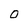
Character: O